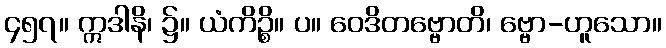
၄၅၇။ ဣဒါနိ၊ ၌။ ယံကိဉ္စိ။ ပ။ ဝေဒိတဗ္ဗောတိ၊ ဗ္ဗော-ဟူသော။